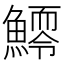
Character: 𩻆